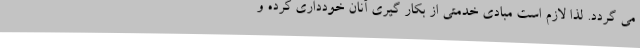
می گردد. لذا لازم است مبادی خدمتی از بکار گیری آنان خودداری کرده و